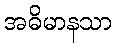
အဓိမာနသာ